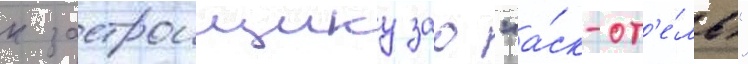
к застроищику зао "а́ск-от'е́ль"